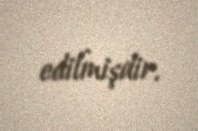
edilmişdir.